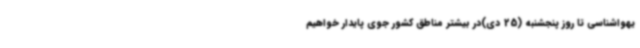
یهواشناسی تا روز پنجشنبه (25 دی)در بیشتر مناطق کشور جوی پایدار خواهیم